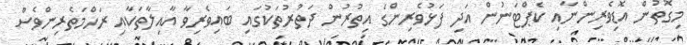
މިގޮތުން އޮޑިވެރިންނާއި ކެޕްޓަނުން އަދި ފަޅުވެރިންގެ އިތުރުން ދަތުރުތަކުގައި ބައިވެރިވާ އާއިލާތަކާއި ރަހްމަތެރިންވެސް